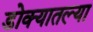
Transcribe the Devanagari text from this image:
डोक्यातल्या